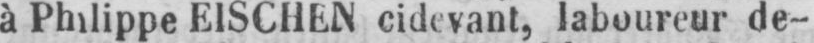
à Philippe EISCHEN cidevant, laboureur de-